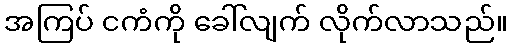
အကြပ် ငကံကို ခေါ်လျက် လိုက်လာသည်။